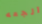
الجعه